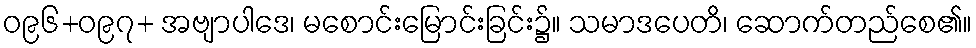
ဝ၉၆+ဝ၉၇+ အဗျာပါဒေ၊ မစောင်းမြောင်းခြင်း၌။ သမာဒပေတိ၊ ဆောက်တည်စေ၏။